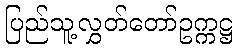
ပြည်သူ့လွှတ်တော်ဥက္ကဋ္ဌ